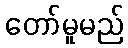
တော်မူမည်